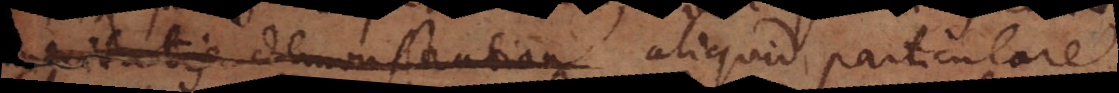
veritatis demonstration aliquid particulare.